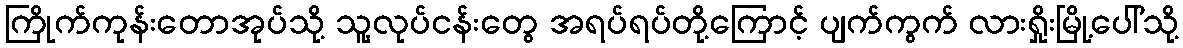
ကြိုက်ကုန်းတောအုပ်သို့ သူ့လုပ်ငန်းတွေ အရပ်ရပ်တို့ကြောင့် ပျက်ကွက် လားရှိုးမြို့ပေါ်သို့